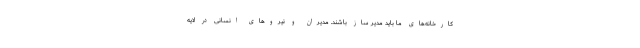
کارخانه‌های ما باید مدیر ساز باشند. مدیران و نیروهای انسانی در لایه